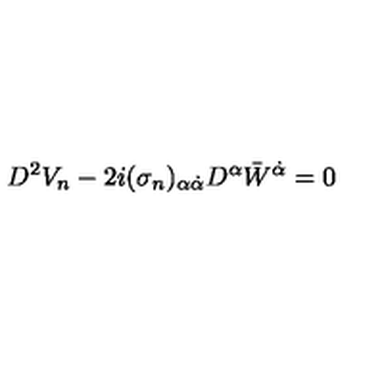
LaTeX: D ^ { 2 } V _ { n } - 2 i ( \sigma _ { n } ) _ { \alpha \dot { \alpha } } D ^ { \alpha } { \bar { W } } ^ { \dot { \alpha } } = 0